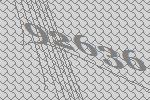
92636